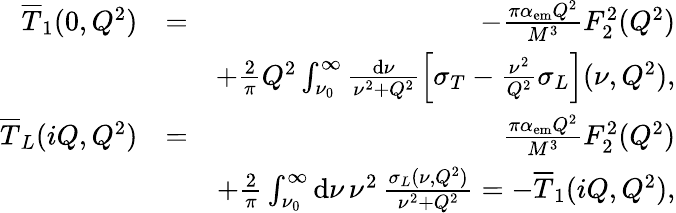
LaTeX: \begin{array}{rlr}{\overline{T}_{1}(0,Q^{2})}&{=}&{-\frac{\pi\alpha_{\mathrm{em}}Q^{2}}{M^{3}}F_{2}^{2}(Q^{2})}\\ &{}&{+\frac{2}{\pi}Q^{2}\int_{\nu_{0}}^{\infty}\frac{\mathrm{d}\nu}{\nu^{2}+Q^{2}}\left[\sigma_{T}-\frac{\nu^{2}}{Q^{2}}\sigma_{L}\right](\nu,Q^{2}),}\\ {\overline{T}_{L}(iQ,Q^{2})}&{=}&{\frac{\pi\alpha_{\mathrm{em}}Q^{2}}{M^{3}}F_{2}^{2}(Q^{2})}\\ &{}&{+\frac{2}{\pi}\int_{\nu_{0}}^{\infty}\mathrm{d}\nu\, \nu^{2}\, \frac{\sigma_{L}(\nu,Q^{2})}{\nu^{2}+Q^{2}}=-\overline{T}_{1}(iQ,Q^{2}),}\end{array}